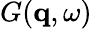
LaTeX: G(\mathbf{q},\omega)